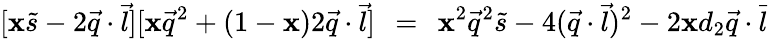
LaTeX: [\mathbf{x}\tilde{{s}}-2\vec{{q}}\cdot\vec{{l}}][\mathbf{x}\vec{{q}}^{2}+(1-\mathbf{x})2\vec{{q}}\cdot\vec{{l}}]\; \, =\; \, \mathbf{x}^{2}\vec{{q}}^{2}\tilde{{s}}-4(\vec{{q}}\cdot\vec{{l}})^{2}-2\mathbf{x}d_{2}\vec{{q}}\cdot\vec{{l}}